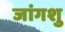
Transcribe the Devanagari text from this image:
जांगशु